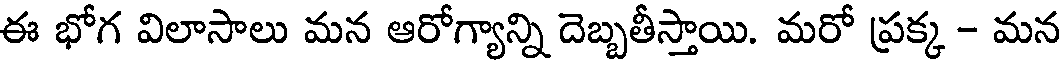
ఈ భోగ విలాసాలు మన ఆరోగ్యాన్ని దెబ్బతీస్తాయి. మరో ప్రక్క - మన